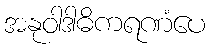
အနုဝါဒါဓိကရဏံပေ